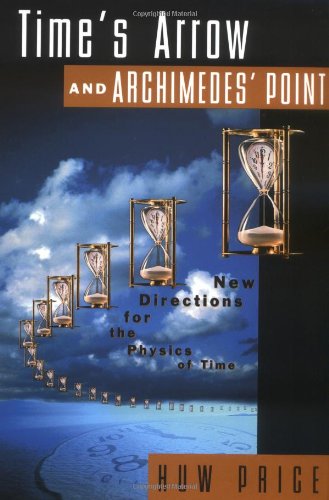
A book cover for Time's Arrow and Archimedes' Point: New Directions for the Physics of Time; Huw Price; Medical Books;